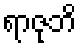
ရာဇုဘိ